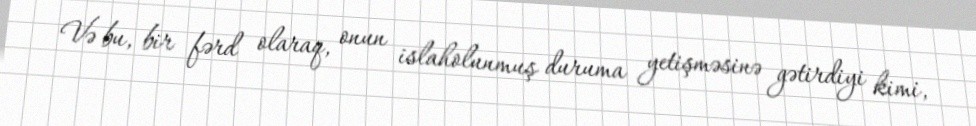
Və bu, bir fərd olaraq, onun islaholunmuş duruma yetişməsinə gətirdiyi kimi,